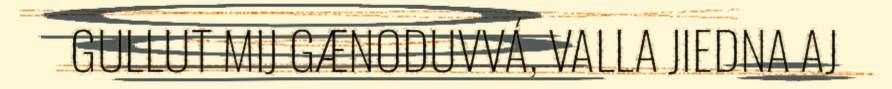
GULLUT MIJ GÆNODUVVÁ, VALLA JIEDNA AJ